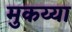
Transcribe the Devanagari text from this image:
मुकय्या